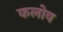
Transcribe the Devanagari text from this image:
कलोव